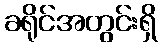
ခရိုင်အတွင်းရှိ